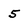
Character: 5